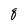
Character: 8